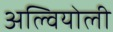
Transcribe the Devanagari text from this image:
अल्वियोली